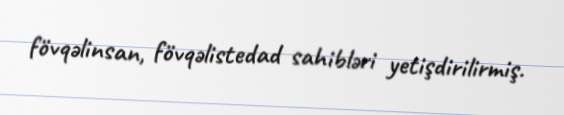
fövqəlinsan, fövqəlistedad sahibləri yetişdirilirmiş.